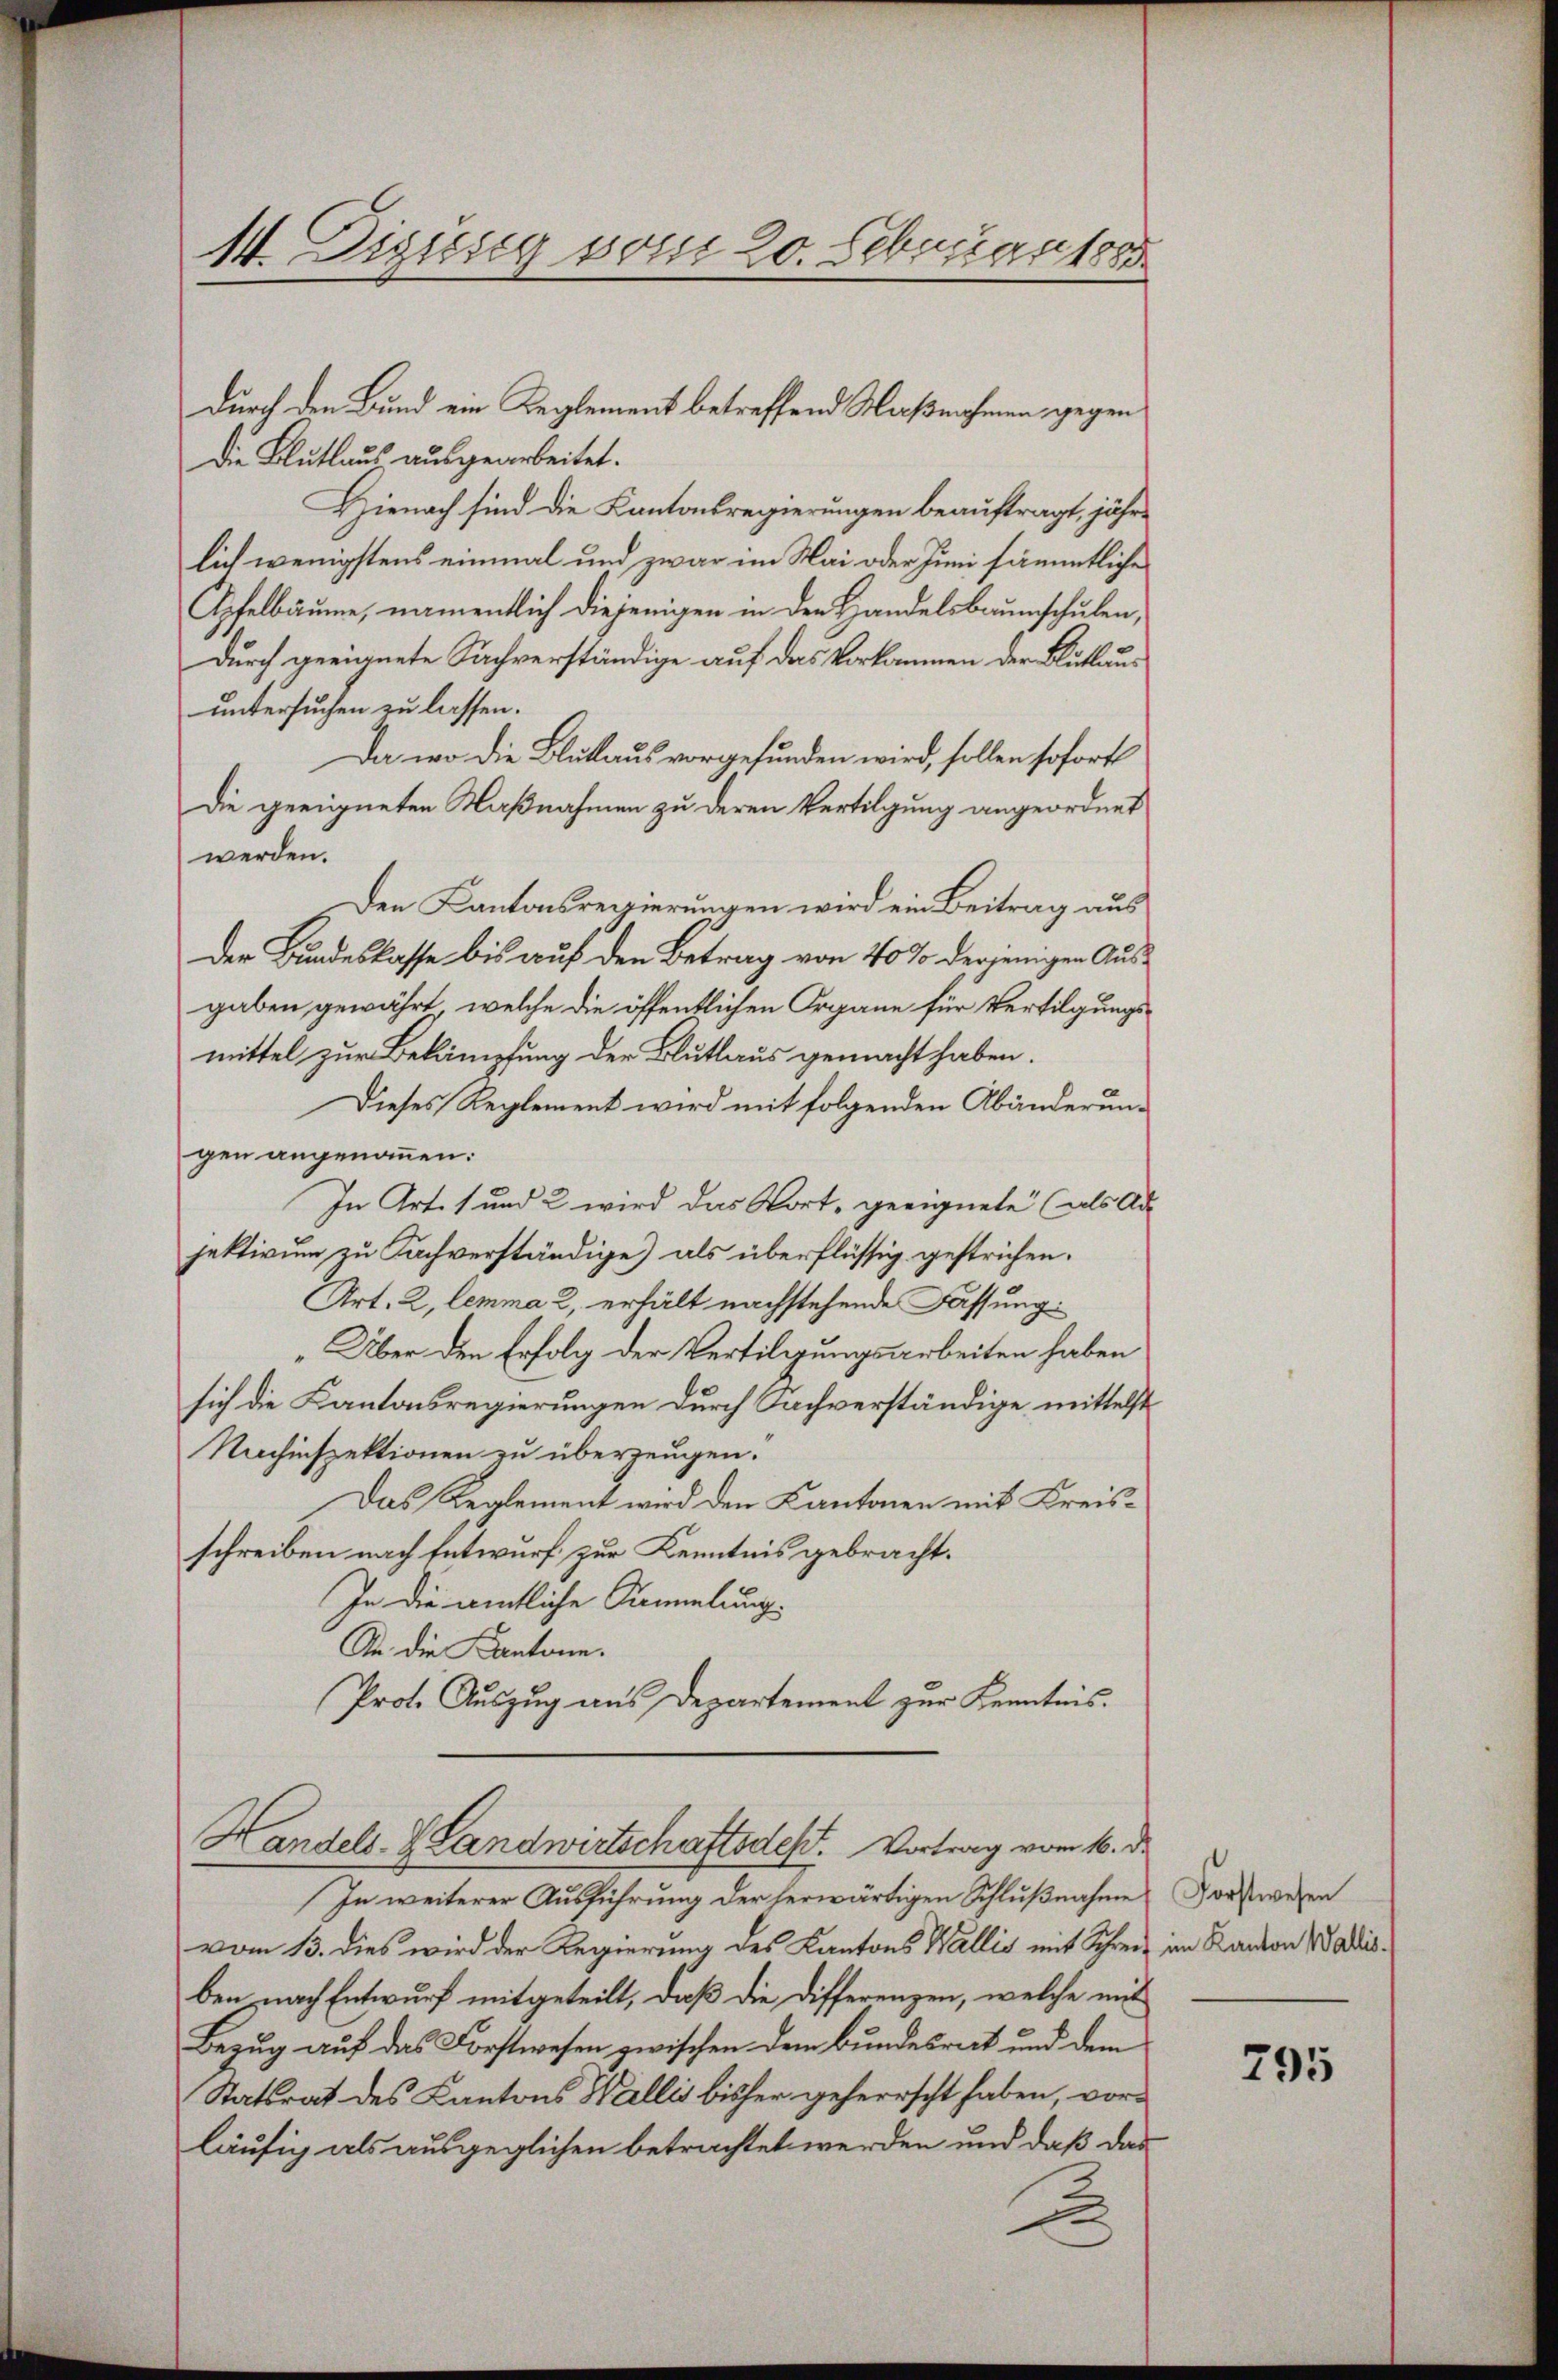
14. Diesig vom 20. Februanto

durch den Bund ein Reglement betreffend Maßnahmen gegen
Die Blutlaus ausgearbeitet.
Hienach sind die Kantonsregierungen beauftragt, jährlich wenigstens einmal und zwar im Mai oder Juni sämmtliche
Apfelbäume, namentlich diejenigen in der Handelsbaumschulen,
durch geeignete Sachverständige auf das Vorkommen der Blutlauuntersuchen zu lassen.
Da wo die Blutlaus vorgefunden wird, sollen sofort
Die geeigneten Maßnahmen zu deren Vertilgung angeordnet
werden.
Den Kantonsregierungen wird ein Beitrag aus
Der Bundeskasse bis auf den Betrag von 40% derjenigen Ausgaben gewährt, welche die öffentlichen Organe für Vertilgungsmittel zur Bekämpfung der Blutlaus gemacht haben.
Dieses Reglement wird mit folgenden Abänderungen angenommen:
In Art. 1 und 2 wird das Wort, geeignete (als Ad-
jektivum zu Sachverständige) als überflüssig gestrichen.
Art. 2, lemma 2, erhält nachstehende Fassung
Über den Erfolg der Vertilgungsarbeiten haben
sich die Kantonsregierungen durch Sachverständige mittelst
Nachinspektionen zu überzeugen.
Das Reglement wird den Kantonen mit Kreisschreiben nach Entwurf zur Kenntnis gebracht.
In die amtliche Sammlung.
Str. die Kantone.
Prot. Auszug aus Departement zur Kenntnis.
Handels- Landwirtschaftsdest. Vortrag vom 16. d.
In weiterer Ausführung der herwärtigen Schlußnahme
vom 13. dies wird der Regierung des Kantons Wallis mit Schreiz im Kanton Wadisben, nach Entwurf mitgeteilt, daß die Differenzen, welche mit
Bezug auf das Forstwesen zwischen dem Bundesrat und dem
Ratsrat des Kantons Wallis bisher geherrscht haben, vorläufig als ausgeglichen betrachtet werden und daß das
x

Forstwesen

795